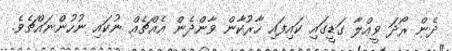
ދެން ރޯދަ ވީއްލާ ގަޑީގައި ކައިފައި ހާރުކާން ވާންދެން އެއްޗެއް ނުކައި ނުހުންނައްޗެވެ.